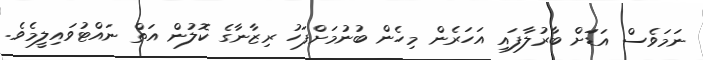
ނަމަވެސް އަޑަަށް ބާރުލާފައި އަހަރެން މިހެން ބުނުމަށްފަހު ރިޒާނާގެ ކޮލުން އަތް ނައްޓުވައިލީމެވެ.